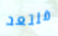
فلتعد